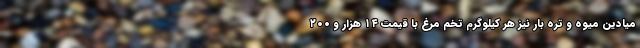
میادین میوه و تره بار نیز هر کیلوگرم تخم مرغ با قیمت ۱۴ هزار و ۲۰۰